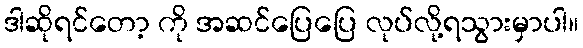
ဒါဆိုရင်တော့ ကို အဆင်ပြေပြေ လုပ်လို့ရသွားမှာပါ။